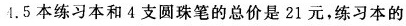
4.5本练习本和4支圆珠笔的总价是21元，练习本的